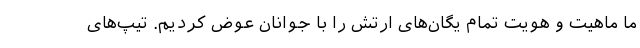
ما ماهیت و هویت تمام یگان‌های ارتش را با جوانان عوض کردیم. تیپ‌های